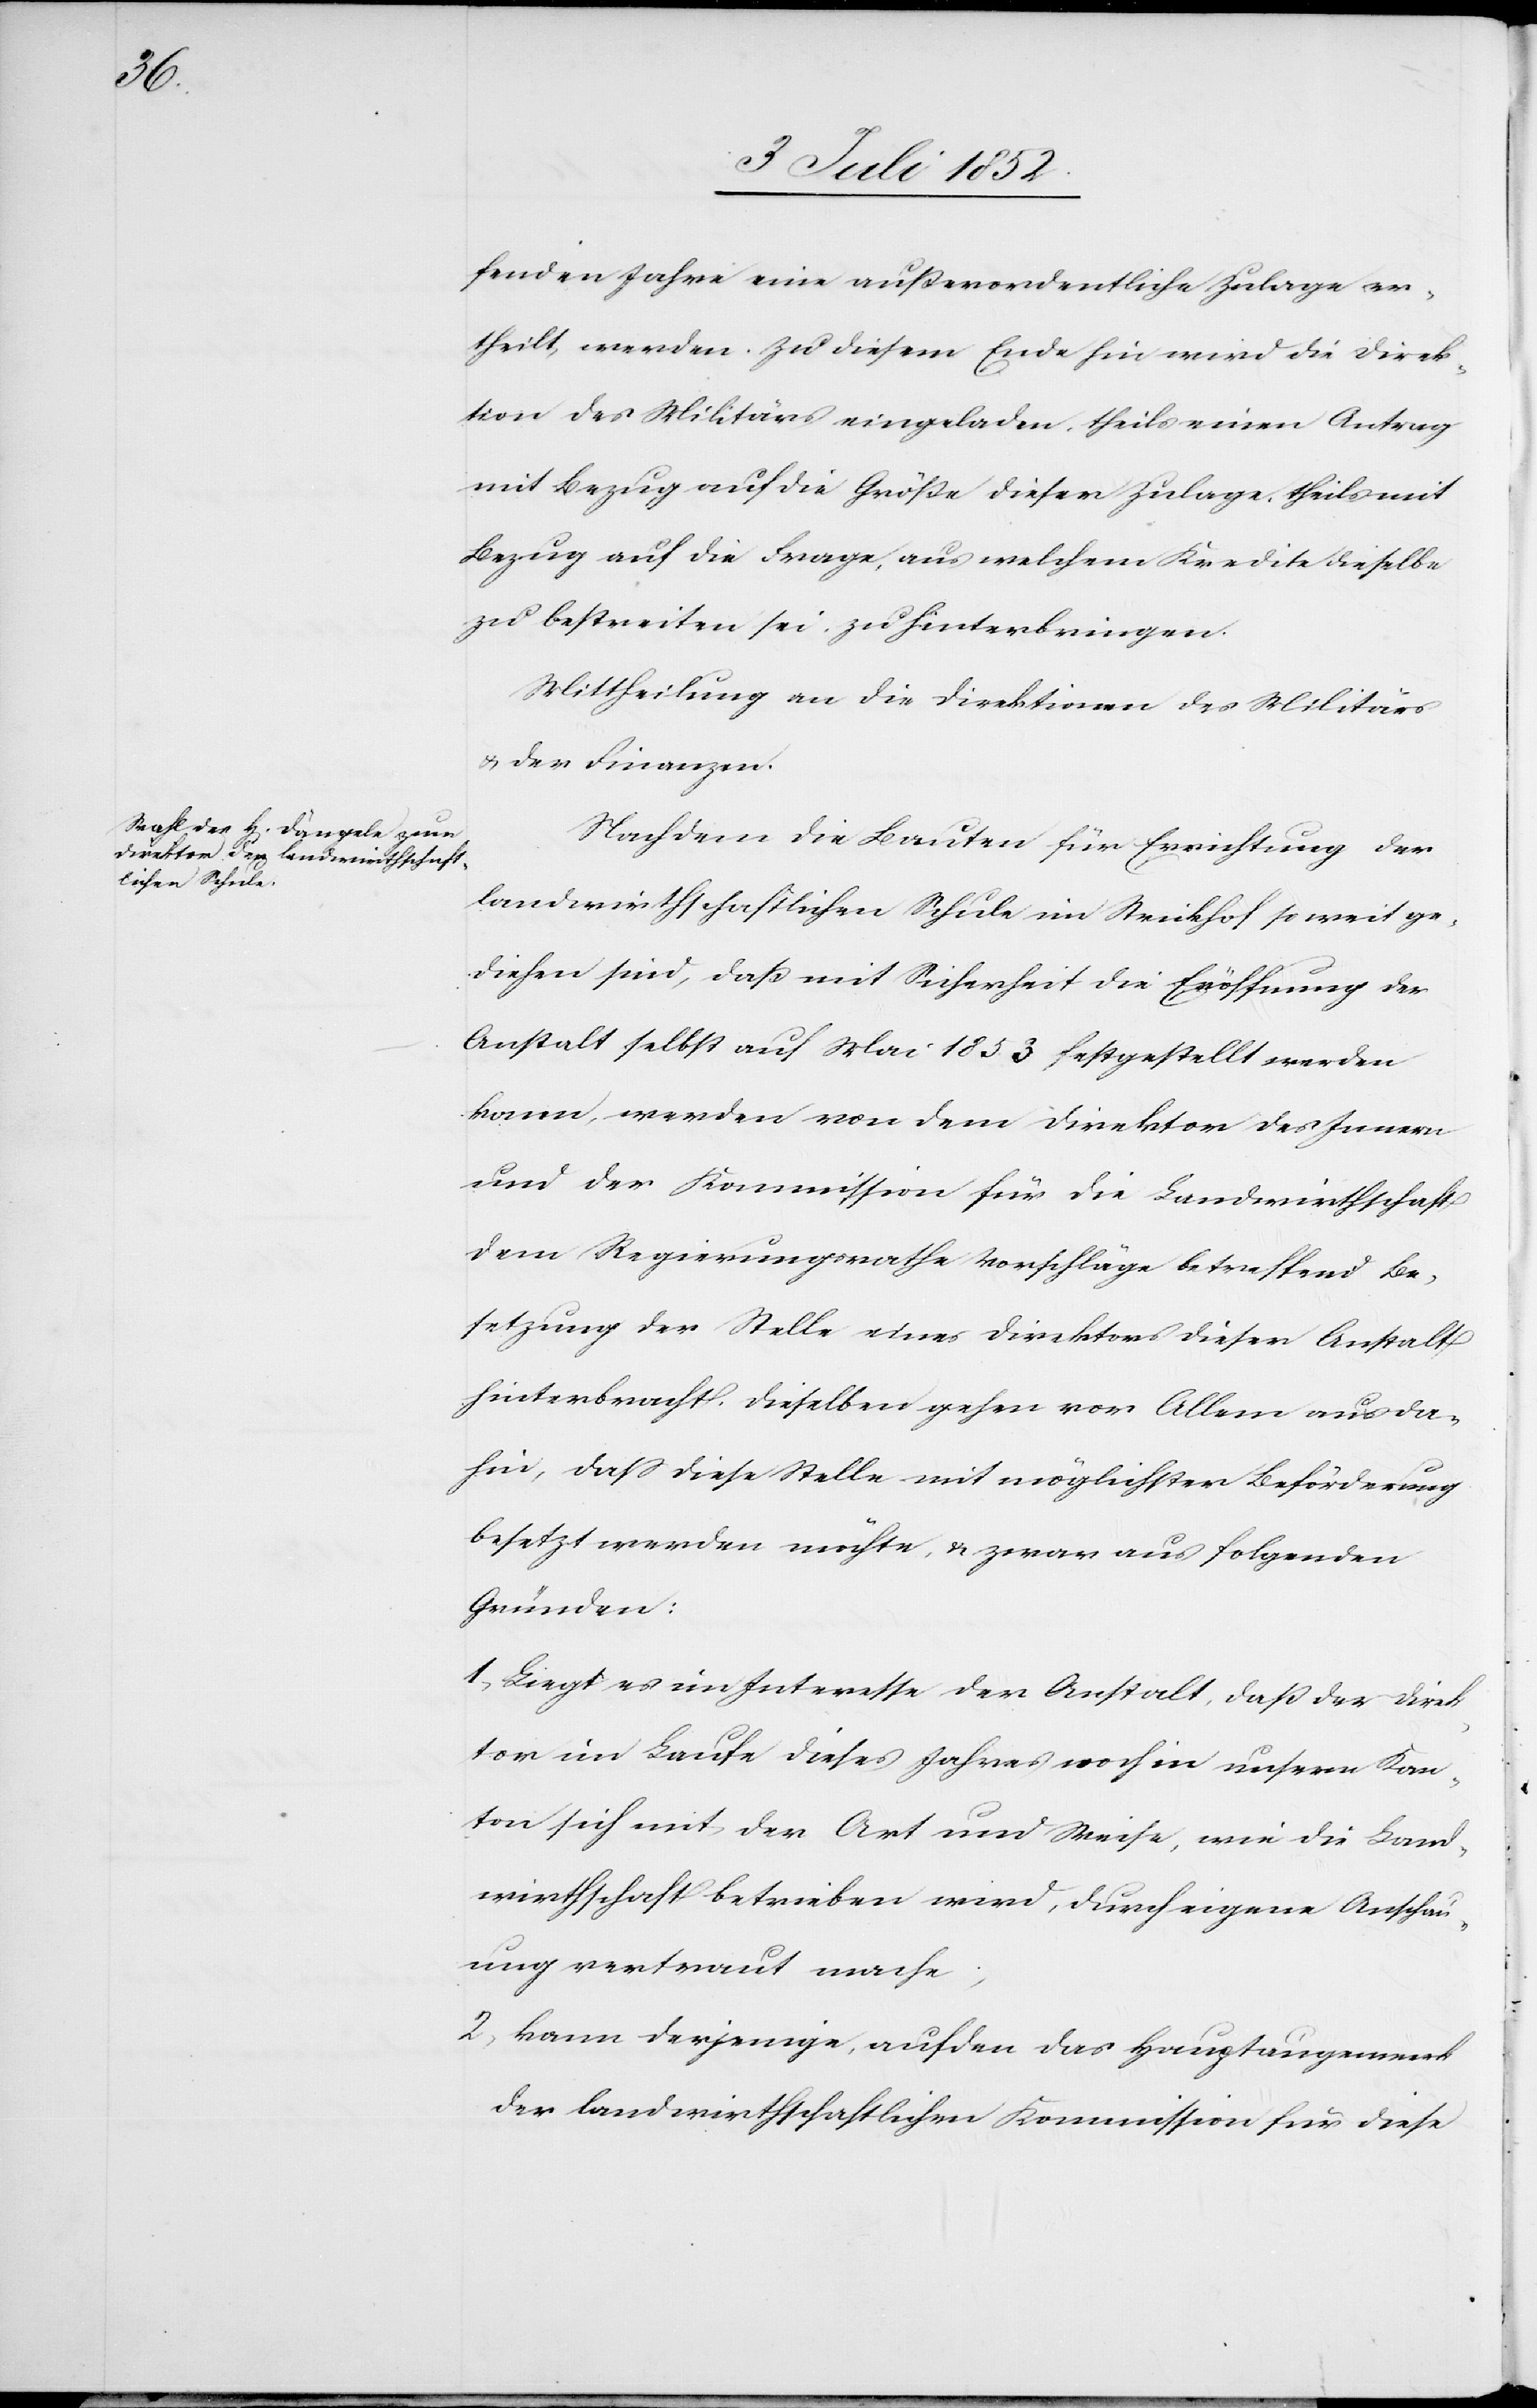
fenden Jahre eine außerordentliche Zulage er¬
theilt werden. Zu diesem Ende hin wird die Direk¬
tion des Militärs eingeladen, theils einen Antrag
mit Bezug auf die Größe dieser Zulage, theils mit
Bezug auf die Frage, aus welchem Kredite dieselbe
zu bestreiten sei, zu hinterbringen.
Mittheilung an die Direktionen des Militärs
& der Finanzen.
Nachdem die Bauten für Errichtung der
landwirthschaftlichen Schule im Strickhof so weit ge¬
diehen sind, daß mit Sicherheit die Eröffnung der
Anstalt selbst auf Mai 1853 festgestellt werden
kann, werden von dem Direktor des Innern
und der Kommission für die Landwirthschaft
dem Regierungsrathe Vorschläge betreffend Be¬
setzung der Stelle eines Direktors dieser Anstalt
hinterbracht. Dieselben gehen vor Allem aus da¬
hin, dass diese Stelle mit möglichster Beförderung
besetzt werden möchte, & zwar aus folgenden
Gründen:
Liegt es im Interesse der Anstalt, daß der Direk¬
tor im Laufe dieses Jahres noch in unserm Kan¬
ton sich mit der Art und Weise, wie die Land¬
wirthschaft betrieben wird, durch eigene Anschau¬
ung vertraut mache;
2,
kann derjenige, auf den das Hauptaugenmerk
der landwirthschaftlichen Kommission für diese